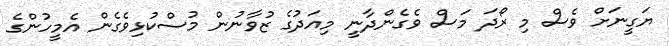
ޔަގީނަށް ވެސް މި ރޯދަ މަސް ވެގެންދާނީ މިއަދުގެ ޒުވާނުން މުސްކުޅިވެގެން އެމީހުންގެ